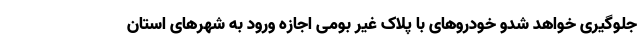
جلوگیری خواهد شدو خودروهای با پلاک غیر بومی اجازه ورود به شهرهای استان